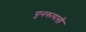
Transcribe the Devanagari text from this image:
पुनरुत्पत्ती